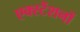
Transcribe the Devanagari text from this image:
एक्स्टेंशनों